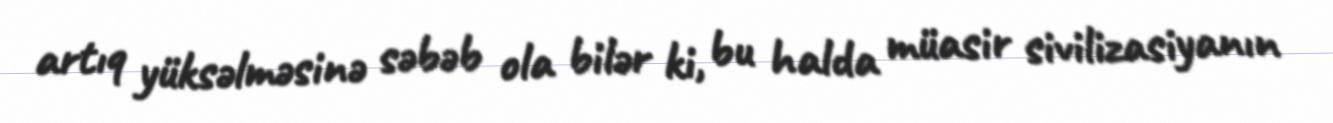
artıq yüksəlməsinə səbəb ola bilər ki, bu halda müasir sivilizasiyanın